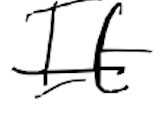
Text: It
Cross-out: single-line
Writing tool: digital_black